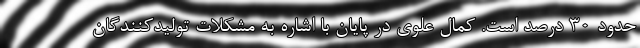
حدود 30 درصد است. کمال علوی در پایان با اشاره به مشکلات تولیدکنندگان